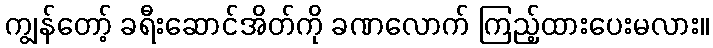
ကျွန်တော့် ခရီးဆောင်အိတ်ကို ခဏလောက် ကြည့်ထားပေးမလား။